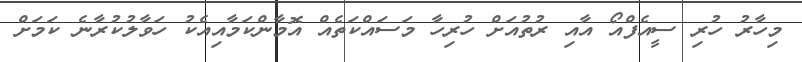
މިހާރު ހުރި ސީއެފްއޯ އާއި ރުތުއަށް ހުރިހާ މަސައްކަތެއް އޮމާންކަމާއިއެކު ހަވާލުކުރާނެ ކަަމަށް